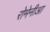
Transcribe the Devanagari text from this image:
रोमेनीआ